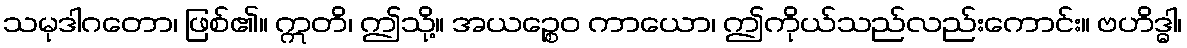
သမုဒါဂတော၊ ဖြစ်၏။ ဣတိ၊ ဤသို့။ အယဉ္စေဝ ကာယော၊ ဤကိုယ်သည်လည်းကောင်း။ ဗဟိဒ္ဓါ၊